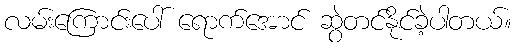
လမ်းကြောင်းပေါ် ရောက်အောင် ဆွဲတင်နိုင်ခဲ့ပါတယ်။